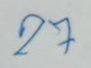
27